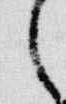
之